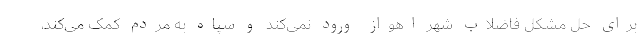
برای حل مشکل فاضلاب شهر اهواز ورود نمی‌کند و سپاه به مردم کمک می‌کند،